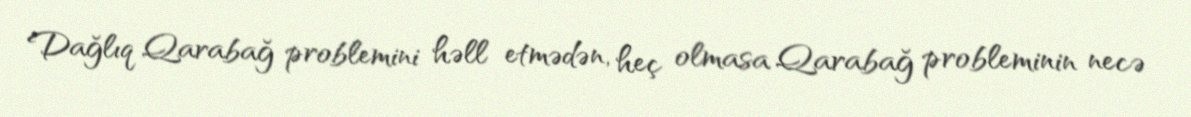
Dağlıq Qarabağ problemini həll etmədən, heç olmasa Qarabağ probleminin necə